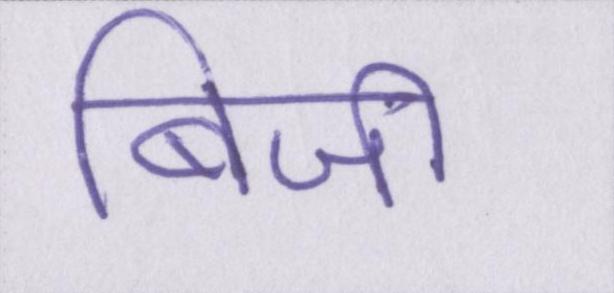
बिजी